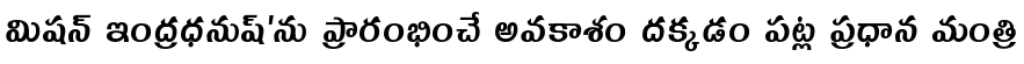
మిషన్ ఇంద్రధనుష్'ను ప్రారంభించే అవకాశం దక్కడం పట్ల ప్రధాన మంత్రి